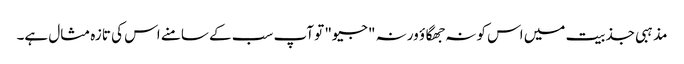
مذہبی جذبیت میں اس کو نہ جھگاؤ ورنہ "جیو" تو آپ سب کے سامنے اس کی تازہ مثال ہے۔